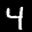
Label: 4